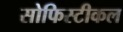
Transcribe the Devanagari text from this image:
सोफिस्टीकल